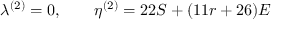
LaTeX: \lambda ^ { ( 2 ) } = 0 , \qquad \eta ^ { ( 2 ) } = 2 2 S + ( 1 1 r + 2 6 ) { \cal { E } }